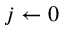
j \leftarrow 0